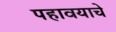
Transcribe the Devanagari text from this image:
पहावयाचे